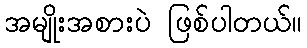
အမျိုးအစားပဲ ဖြစ်ပါတယ်။